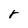
Character: r